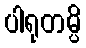
ပါရုတမ္ပိ